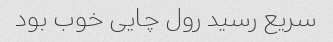
سریع رسید رول چایی خوب بود